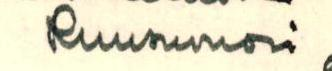
Ruusuvuori